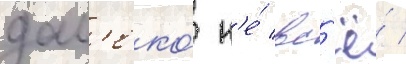
дал'еко́ н'е́ вс'ё́ /